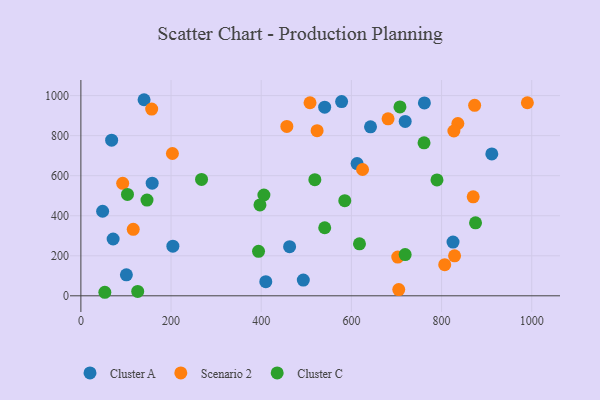
{"axis": {"x": "Distance", "y": "Sales"}, "legend": ["Cluster A", "Cluster C", "Scenario 2"], "data": [{"x": "761.9", "y": 963.5, "type": "Cluster A"}, {"x": "71.5", "y": 283.7, "type": "Cluster A"}, {"x": "140.1", "y": 979.6, "type": "Cluster A"}, {"x": "158.1", "y": 562.6, "type": "Cluster A"}, {"x": "825.4", "y": 268.6, "type": "Cluster A"}, {"x": "410.1", "y": 70.7, "type": "Cluster A"}, {"x": "540.7", "y": 942.4, "type": "Cluster A"}, {"x": "642.4", "y": 844.0, "type": "Cluster A"}, {"x": "204.0", "y": 248.0, "type": "Cluster A"}, {"x": "48.2", "y": 422.5, "type": "Cluster A"}, {"x": "719.3", "y": 871.4, "type": "Cluster A"}, {"x": "612.6", "y": 660.7, "type": "Cluster A"}, {"x": "911.4", "y": 708.9, "type": "Cluster A"}, {"x": "100.9", "y": 104.6, "type": "Cluster A"}, {"x": "462.9", "y": 245.2, "type": "Cluster A"}, {"x": "578.3", "y": 970.6, "type": "Cluster A"}, {"x": "68.2", "y": 777.6, "type": "Cluster A"}, {"x": "493.3", "y": 78.6, "type": "Cluster A"}, {"x": "828.8", "y": 199.9, "type": "Scenario 2"}, {"x": "836.1", "y": 860.8, "type": "Scenario 2"}, {"x": "624.7", "y": 631.0, "type": "Scenario 2"}, {"x": "116.1", "y": 332.3, "type": "Scenario 2"}, {"x": "702.8", "y": 193.7, "type": "Scenario 2"}, {"x": "990.3", "y": 964.5, "type": "Scenario 2"}, {"x": "456.8", "y": 846.3, "type": "Scenario 2"}, {"x": "508.2", "y": 964.6, "type": "Scenario 2"}, {"x": "705.0", "y": 31.2, "type": "Scenario 2"}, {"x": "681.3", "y": 884.2, "type": "Scenario 2"}, {"x": "203.0", "y": 710.9, "type": "Scenario 2"}, {"x": "873.3", "y": 951.7, "type": "Scenario 2"}, {"x": "523.9", "y": 824.9, "type": "Scenario 2"}, {"x": "870.1", "y": 494.4, "type": "Scenario 2"}, {"x": "827.3", "y": 823.4, "type": "Scenario 2"}, {"x": "92.7", "y": 561.8, "type": "Scenario 2"}, {"x": "157.0", "y": 932.7, "type": "Scenario 2"}, {"x": "807.0", "y": 155.7, "type": "Scenario 2"}, {"x": "405.9", "y": 503.6, "type": "Cluster C"}, {"x": "707.7", "y": 943.6, "type": "Cluster C"}, {"x": "617.9", "y": 259.5, "type": "Cluster C"}, {"x": "719.2", "y": 205.8, "type": "Cluster C"}, {"x": "394.0", "y": 222.3, "type": "Cluster C"}, {"x": "126.0", "y": 21.6, "type": "Cluster C"}, {"x": "875.3", "y": 364.7, "type": "Cluster C"}, {"x": "518.9", "y": 580.0, "type": "Cluster C"}, {"x": "585.3", "y": 475.4, "type": "Cluster C"}, {"x": "267.6", "y": 581.2, "type": "Cluster C"}, {"x": "789.8", "y": 578.7, "type": "Cluster C"}, {"x": "540.8", "y": 339.9, "type": "Cluster C"}, {"x": "397.2", "y": 454.2, "type": "Cluster C"}, {"x": "146.6", "y": 478.2, "type": "Cluster C"}, {"x": "53.1", "y": 17.6, "type": "Cluster C"}, {"x": "103.3", "y": 506.4, "type": "Cluster C"}, {"x": "761.1", "y": 764.5, "type": "Cluster C"}]}